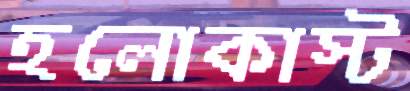
হলোকাস্ট